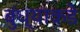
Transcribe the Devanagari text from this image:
बुंध्याकडे